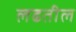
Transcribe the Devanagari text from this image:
लढतील